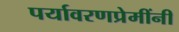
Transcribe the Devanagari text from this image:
पर्यावरणप्रेमींनी